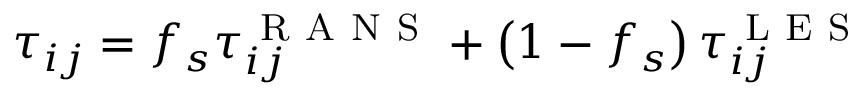
\tau _ { i j } = f _ { s } \tau _ { i j } ^ { \mathrm { ~ R ~ A ~ N ~ S ~ } } + \left( 1 - f _ { s } \right) \tau _ { i j } ^ { \mathrm { ~ L ~ E ~ S ~ } }